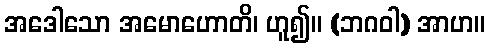
အဒေါသော အမောဟောတိ၊ ဟူ၍။ (ဘဂဝါ) အာဟ။